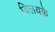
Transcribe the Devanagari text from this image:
विलयके